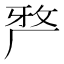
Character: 𭆆